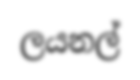
ලයනල්